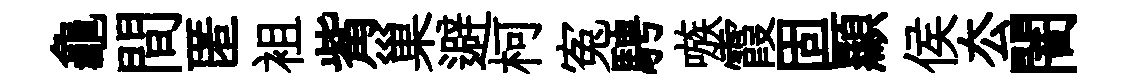
龜間匿袓觜巢避柯寃騁嗾霞固顯侯厺闇